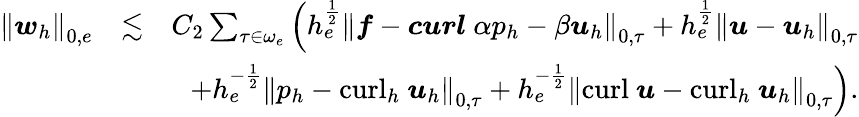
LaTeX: \begin{array}{rlr}{\left\| \boldsymbol{w}_{h}\right\| _{0,e}}&{\lesssim}&{C_{2}\sum_{\tau\in\omega_{e}}\left(h_{e}^{\frac{1}{2}}\left\| \boldsymbol{f}-\boldsymbol{curl}~\alpha p_{h}-\beta\boldsymbol{u}_{h}\right\| _{0,\tau}+h_{e}^{\frac{1}{2}}\left\| \boldsymbol{u}-\boldsymbol{u}_{h}\right\| _{0,\tau}\right.}\\ &{}&{\left.+h_{e}^{-\frac{1}{2}}\left\| p_{h}-\mathrm{curl}_{h}~\boldsymbol{u}_{h}\right\| _{0,\tau}+h_{e}^{-\frac{1}{2}}\left\| \mathrm{curl}~\boldsymbol{u}-\mathrm{curl}_{h}~\boldsymbol{u}_{h}\right\| _{0,\tau}\right).}\end{array}